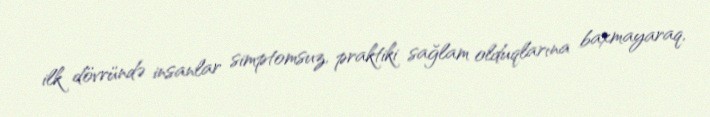
ilk dövründə insanlar simptomsuz, praktiki sağlam olduqlarına baxmayaraq,